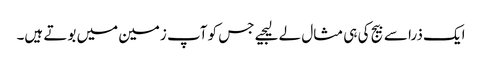
ایک ذرا سے بیج کی ہی مثال لے لیجیے جس کو آپ زمین میں بوتے ہیں۔